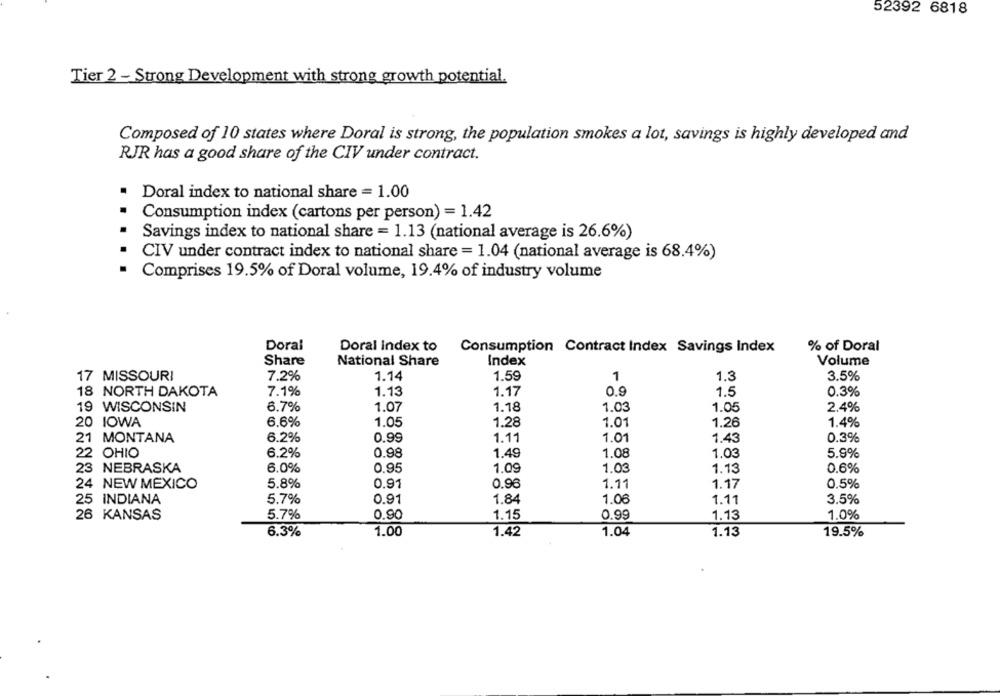
52392 6818
Tier 2 - Strong Development with strong growth potential.
Composed of 10 states where Doral is strong, the population smokes a lot, savings is highly developed and
RJR has a good share of the CIV under contract.
Doral index to national share = 1.00
.
Consumption index (cartons per person) = 1.42
Savings index to national share = 1.13 (national average is 26.6%)
CIV under contract index to national share = 1.04 (national average is 68.4%)
Comprises 19.5% of Doral volume, 19.4% of industry volume
Doral
Doral Index to
Consumption Contract Index Savings Index
% of Doral
Share
National Share
Index
Volume
1
17 MISSOURI
7.2%
1.14
1.59
1.3
3.5%
18 NORTH DAKOTA
7.1%
1.13
1.17
0.9
1.5
0.3%
19 WISCONSIN
6.7%
1.07
1.18
1.03
1.05
2.4%
20 IOWA
6.6%
1.05
1.28
1.01
1.26
1.4%
21 MONTANA
6.2%
0.99
1.11
1.01
1.43
0.3%
6.2%
0.98
1.49
1.03
5.9%
22 OHIO
1.08
23 NEBRASKA
6.0%
0.95
1.09
1.03
1.13
0.6%
24 NEW MEXICO
5.8%
0.91
0.96
1.11
1.17
0.5%
25 INDIANA
5.7%
0.91
1.84
1.06
1.11
3.5%
5.7%
0.90
1.15
0.99
1.13
1.0%
26 KANSAS
6.3%
1.00
1.42
1.04
1.13
19.5%